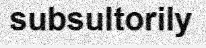
subsultorily